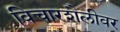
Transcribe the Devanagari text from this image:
विचारशैलीवर